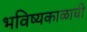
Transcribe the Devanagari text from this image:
भविष्यकाळाची